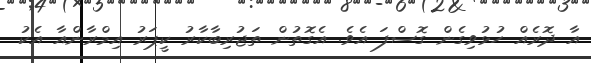
އާ ދޮރެއް ހުޅުވިގެން ގޮސްފަ އެވެ. އެގޮތުން ތަޖުރިބާކާރު ކީޕަރު އިމްރާންއާ އެކު